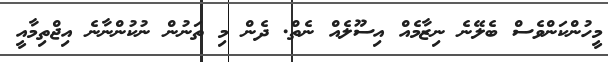
މީހުންކަންވެސް ބެލޭނެ ނިޒާމެއް އިސޫލެއް ނެތް. ދެން މި ތަނުން ނުކުންނާނެ އިޖްތިމާއީ